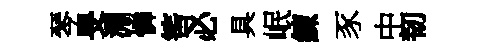
琴旻淵憐筈必具岷練豕中韧